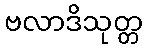
ဗလာဒိသုတ္တ